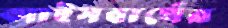
আইসবার্গের